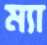
ম্যা